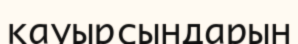
қауырсындарын